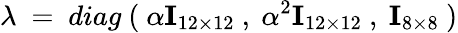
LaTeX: \lambda\ =\ diag\ (\ \alpha{\mathbf I}_{12\times 12}\ ,\ \alpha^{2}{\mathbf I}_{12\times 12}\ ,\ {\mathbf I}_{8\times 8}\ )